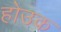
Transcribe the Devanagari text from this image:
होउक